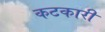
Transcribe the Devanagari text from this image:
कटकारी